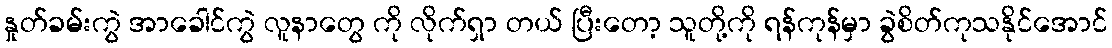
နှုတ်ခမ်းကွဲ အာခေါင်ကွဲ လူနာတွေ ကို လိုက်ရှာ တယ် ပြီးတော့ သူတို့ကို ရန်ကုန်မှာ ခွဲစိတ်ကုသနိုင်အောင်